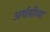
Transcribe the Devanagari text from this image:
अर्थसीमा